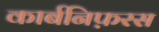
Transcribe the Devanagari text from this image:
कार्बनिफ़रस